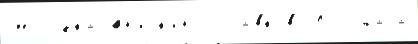
Молодка Ан'иск'ино Славково Бо́льшаjа